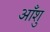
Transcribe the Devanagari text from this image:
आँशु